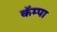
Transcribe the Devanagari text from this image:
कॅम्पा